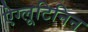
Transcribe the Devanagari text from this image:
ऐग्लूटिनिन